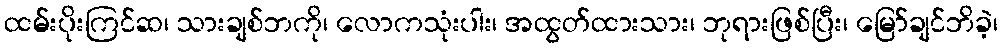
ထမ်းပိုးကြင်ဆ၊ သားချစ်ဘကို၊ လောကသုံးပါး၊ အထွတ်ထားသား၊ ဘုရားဖြစ်ပြီး၊ မြော်ချင်ဘိခဲ့၊